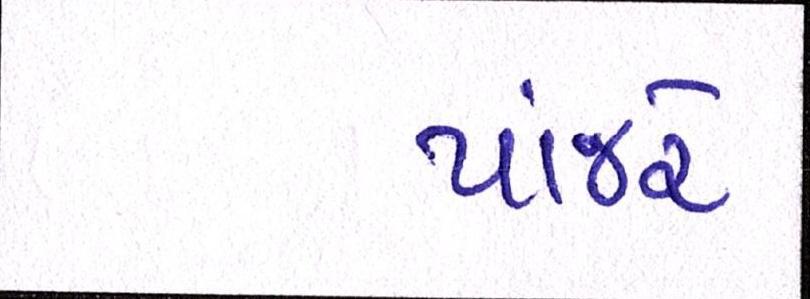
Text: પાંજરે